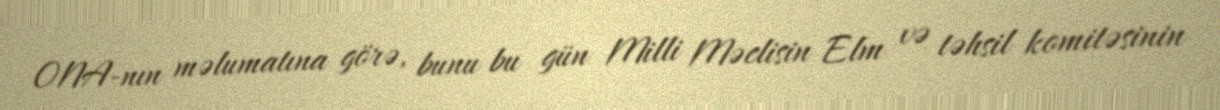
ONA-nın məlumatına görə, bunu bu gün Milli Məclisin Elm və təhsil komitəsinin